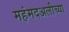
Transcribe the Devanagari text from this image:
महंमदअलीच्या